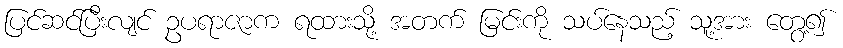
ပြင်ဆင်ပြီးလျင် ဥပရာဇာက ရထားသို့ အတက် မြင်းကို သပ်နေသည့် သူ့အား တွေ့၍